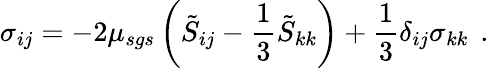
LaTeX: \sigma_{ij}=-2\mu_{sgs}\left(\tilde{S}_{ij}-\frac{1}{3}\tilde{S}_{kk}\right)+\frac{1}{3}\delta_{ij}\sigma_{kk}\, \mathrm{~.~}